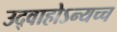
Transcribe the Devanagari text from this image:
उद्वाहोऽन्यच्च